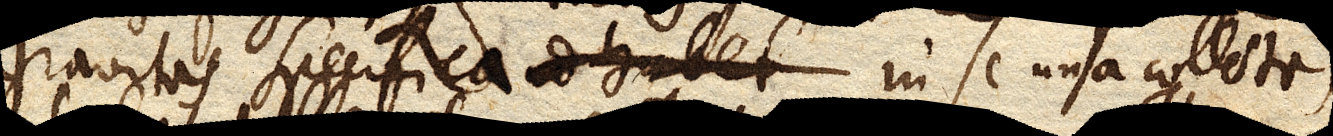
Gravitas specifica in se una collectas